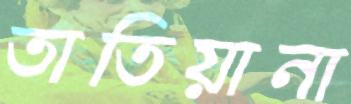
তাতিয়ানা